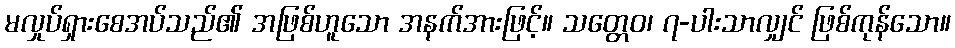
မလှုပ်ရှားစေအပ်သည်၏ အဖြစ်ဟူသော အနက်အားဖြင့်။ သတ္တေဝ၊ ၇-ပါးသာလျှင် ဖြစ်ကုန်သော။